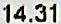
14.31